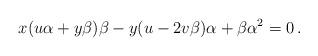
LaTeX: \begin{align*}x(u\alpha+y\beta)\beta-y(u-2v\beta)\alpha+\beta\alpha^2=0\,.\end{align*}